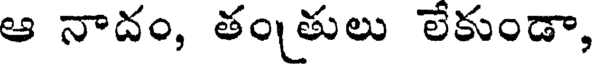
ఆ నాదం, తంతులు లేకుండా,